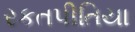
રકતપીતિયા